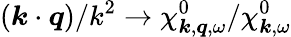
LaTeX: (\boldsymbol{k}\cdot\boldsymbol{q})/k^{2}\to\chi_{\boldsymbol{k},\boldsymbol{q},\omega}^{0}/\chi_{\boldsymbol{k},\omega}^{0}